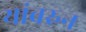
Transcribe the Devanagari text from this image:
यांवरुन